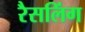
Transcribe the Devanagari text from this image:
रैसलिंग